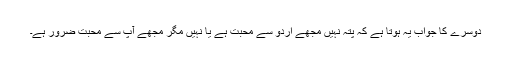
دوسرے کا جواب یہ ہوتا ہے کہ پتہ نہیں مجھے اردو سے محبت ہے یا نہیں مگر مجھے آپ سے محبت ضرور ہے۔